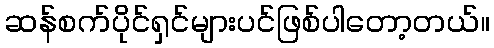
ဆန်စက်ပိုင်ရှင်များပင်ဖြစ်ပါတော့တယ်။